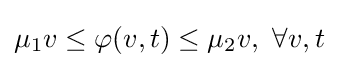
\mu _{1}v\leq \varphi (v,t)\leq \mu _{2}v,\ \forall v,t